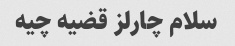
سلام چارلز قضیه چیه